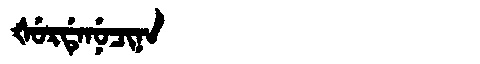
Manchu: ᡧᡠᡵᡩᡝᠨᡠᠴᡳᠨᠠ
Romanization: ŠURDENUCINA